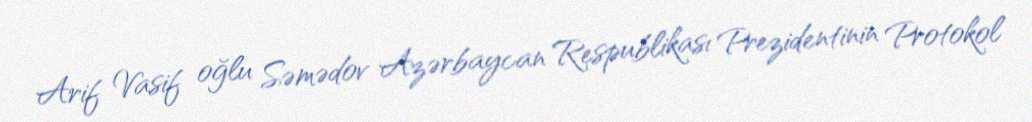
Arif Vasif oğlu Səmədov Azərbaycan Respublikası Prezidentinin Protokol